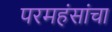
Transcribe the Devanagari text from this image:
परमहंसांचा